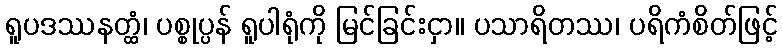
ရူပဒဿနတ္ထံ၊ ပစ္စုပ္ပန် ရူပါရုံကို မြင်ခြင်းငှာ။ ပသာရိတဿ၊ ပရိကံစိတ်ဖြင့်